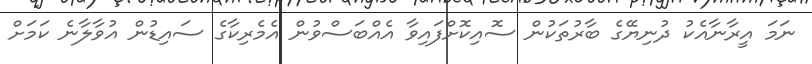
ނަމަ އީރާނާއެކު ދުނިޔޭގެ ބާރުތަކުން ސޮއިކޮށްފައިވާ އެއްބަސްވުން އެމެރިކާގެ ސައިޑުން އުވާލާނެ ކަމަށް